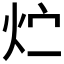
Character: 𮳢